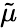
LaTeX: \tilde{\mu}